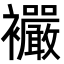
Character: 𧟓